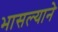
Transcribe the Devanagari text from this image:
भासल्याने